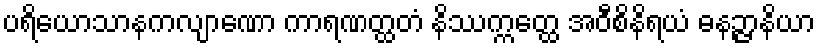
ပရိယောသာနကလျာဏော ကာရဏတ္ထတံ နိဿက္ကတ္ထေ အဝီစိနိရယံ ဓနဉ္ဇာနိယာ